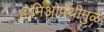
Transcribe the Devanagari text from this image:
होमिओपॅथीमुळे